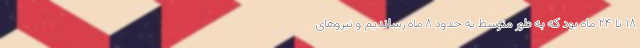
۱۸ تا ۲۴ ماه بود که به طور متوسط به حدود ۸ ماه رساندیم و نیروهای